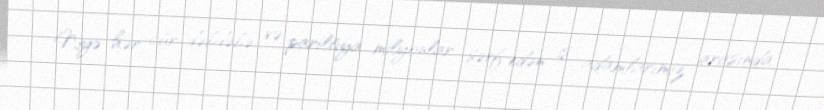
Niyə hər cür dəbdəbə və parıltıya milyonlar sərf edən iş adamlarımız arasında